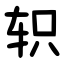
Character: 轵